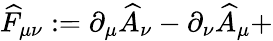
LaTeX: \widehat{F}_{\mu\nu}:=\partial_{\mu}\widehat{A}_{\nu}-\partial_{\nu}\widehat{A}_{\mu}+